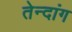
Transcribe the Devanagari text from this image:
तेन्दांग